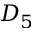
D _ { 5 }